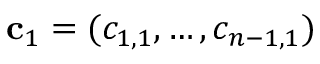
\mathbf { c } _ { 1 } = ( c _ { 1 , 1 } , \hdots , c _ { n - 1 , 1 } )